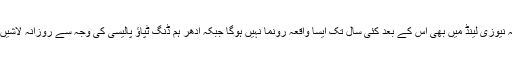
مجھے یقین ہے کہ نیوزی لینڈ میں بھی اس کے بعد کئی سال تک ایسا واقعہ رونما نہیں ہوگا جبکہ ادھر ہم ڈنگ ٹپاؤ پالیسی کی وجہ سے روزانہ لاشیں اٹھاتے رہیں گے۔